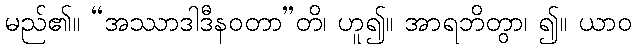
မည်၏။ “အဿာဒါဒီနဝတာ”တိ၊ ဟူ၍။ အာရဘိတွာ၊ ၍။ ယာဝ